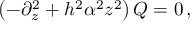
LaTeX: \left( - \partial _ { z } ^ { 2 } + h ^ { 2 } \alpha ^ { 2 } z ^ { 2 } \right) Q = 0 \, ,